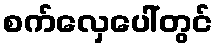
စက်လှေပေါ်တွင်